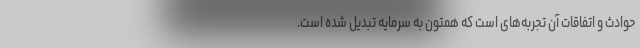
حوادث و اتفاقات آن تجربه‌های است که همتون به سرمایه تبدیل شده است.